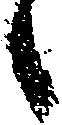
候